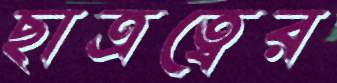
ছাত্রত্বের